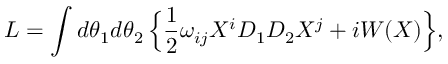
{ \cal L } = \int d \theta _ { 1 } d \theta _ { 2 } \, \Bigl \{ \frac { 1 } { 2 } \omega _ { i j } X ^ { i } D _ { 1 } D _ { 2 } X ^ { j } + i W ( X ) \Bigr \} ,